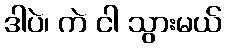
ဒါပဲ၊ ကဲ ငါ သွားမယ်